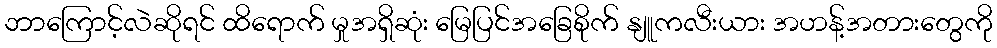
ဘာကြောင့်လဲဆိုရင် ထိရောက် မှုအရှိဆုံး မြေပြင်အခြေစိုက် နျူကလီးယား အဟန့်အတားတွေကို